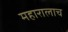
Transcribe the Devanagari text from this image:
महारालाच